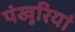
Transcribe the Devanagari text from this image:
पंखुरियां